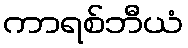
ကာရစ်ဘီယံ